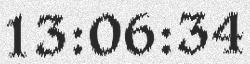
13:06:34